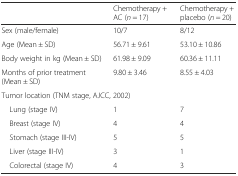
|  | Chemotherapy + AC (n = 17) | Chemotherapy + placebo (n = 20) |
 | --- | --- | --- |
 | Sex (male/female) | 10/7 | 8/12 |
 | Age (Mean ± SD) | 56.71 ± 9.61 | 53.10 ± 10.86 |
 | Body weight in kg (Mean ± SD) | 61.98 ± 9.09 | 60.36 ± 11.11 |
 | Months of prior treatment (Mean ± SD) | 9.80 ± 3.46 | 8.55 ± 4.03 |
 | <COLSPAN=3> Tumor location (TNM stage, AJCC, 2002) |
 | Lung (stage IV) | 1 | 7 |
 | Breast (stage IV) | 4 | 4 |
 | Stomach (stage III-IV) | 5 | 5 |
 | Liver (stage III-IV) | 3 | 1 |
 | Colorectal (stage IV) | 4 | 3 |